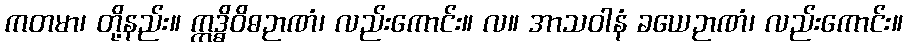
ကတမာ၊ တို့နည်း။ ဣဒ္ဓိဝိဓဉာဏံ၊ လည်းကောင်း။ လ။ အာသဝါနံ ခယေဉာဏံ၊ လည်းကောင်း။